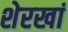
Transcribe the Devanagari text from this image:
शेरखां